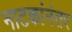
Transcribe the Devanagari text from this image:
नाटकांनंतर